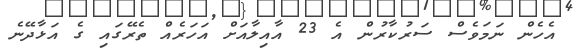
އެހެން ނަމަވެސް ސަރުކާރުން އެ 23 އާއިލާއަށް އަހަރެއް ތެރޭގައި ގެ އަޅާދޭނެ